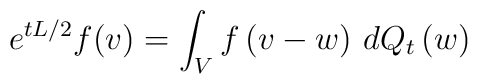
e^{tL/2}f(v)=\int_{V}f\left( v-w\right) \,dQ_{t}\left( w\right)